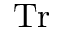
\operatorname { T r }